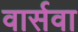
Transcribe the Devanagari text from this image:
वार्सवा